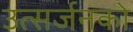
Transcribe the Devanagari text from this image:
उत्सर्जनको